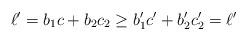
LaTeX: \begin{align*}\ell'=b_1c+b_2c_2\geq b'_1c'+b'_2c'_2=\ell'\end{align*}